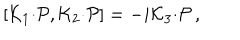
[ { \cal K } _ { 1 } { \cdot { \cal P } } , { \cal K } _ { 2 } { \cdot { \cal P } } ] = - i { \cal K } _ { 3 } { \cdot { \cal P } } \, ,